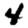
Digit: 4